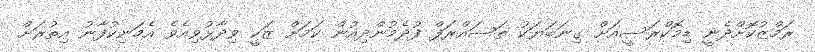
ރަމްޒުކޮށްދެނީ ޑިމޮކްރަސީއަށް ގިނަބަޔަކު ތަސައްރަފް ފުދެމުންދިއުން ކަމަށް ޒަކީ ވިދާޅުވިއެވެ އެމަނިކުފާނު އިތުރަށް